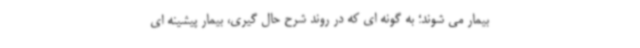
بیمار می شوند؛ به گونه ای که در روند شرح حال گیری، بیمار پیشینه ای